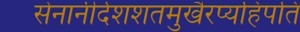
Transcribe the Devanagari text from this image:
सेनानीर्दशशतमुखैरप्यहिपति